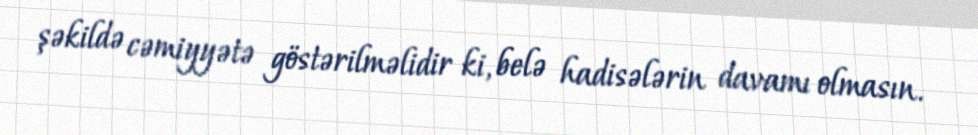
şəkildə cəmiyyətə göstərilməlidir ki, belə hadisələrin davamı olmasın.